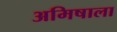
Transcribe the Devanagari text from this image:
अमिषाला